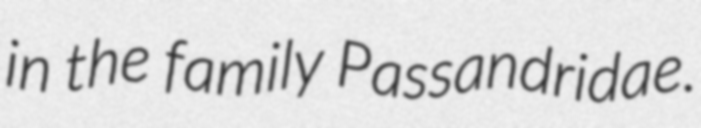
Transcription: in the family Passandridae.